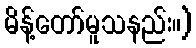
မိန့်တော်မူသနည်း။)